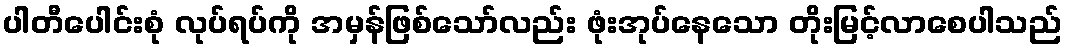
ပါတီပေါင်းစုံ လုပ်ရပ်ကို အမှန်ဖြစ်သော်လည်း ဖုံးအုပ်နေသော တိုးမြင့်လာစေပါသည်